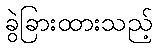
ခွဲခြားထားသည့်